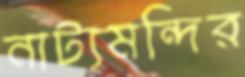
নাট্যমন্দির